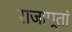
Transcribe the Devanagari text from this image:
राजापूतां